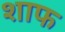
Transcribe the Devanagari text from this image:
शाफ